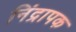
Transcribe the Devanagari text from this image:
निंद्रापक